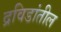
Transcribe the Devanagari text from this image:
द्रविडांतील